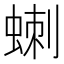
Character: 𮔗